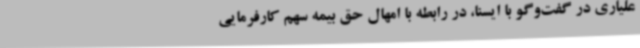
علیاری در گفت‌وگو با ایسنا، در رابطه با امهال حق بیمه سهم کارفرمایی